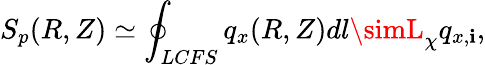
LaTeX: S_{p}(R,Z)\simeq\oint_{LCFS}q_{x}(R,Z)dl\simL_{\chi}q_{x,\mathbf{i}},